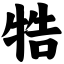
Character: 牿